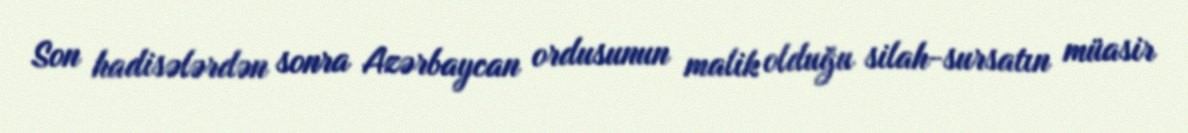
Son hadisələrdən sonra Azərbaycan ordusunun malik olduğu silah-sursatın müasir